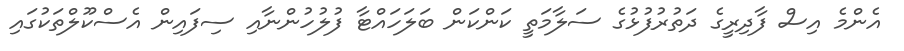
އެންމެ އިސް ފާދިރީގެ ދަތުރުފުޅުގެ ސަލާމަތީ ކަންކަން ބަލަހައްޓާ ފުލުހުންނާއި ސިފައިން އެސްކޫލްތަކުގައި